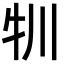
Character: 㸪